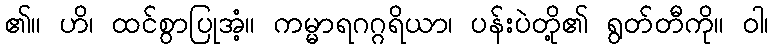
၏။ ဟိ၊ ထင်စွာပြုအံ့။ ကမ္မာရဂဂ္ဂရိယာ၊ ပန်းပဲတို့၏ ရွတ်တီကို။ ဝါ၊